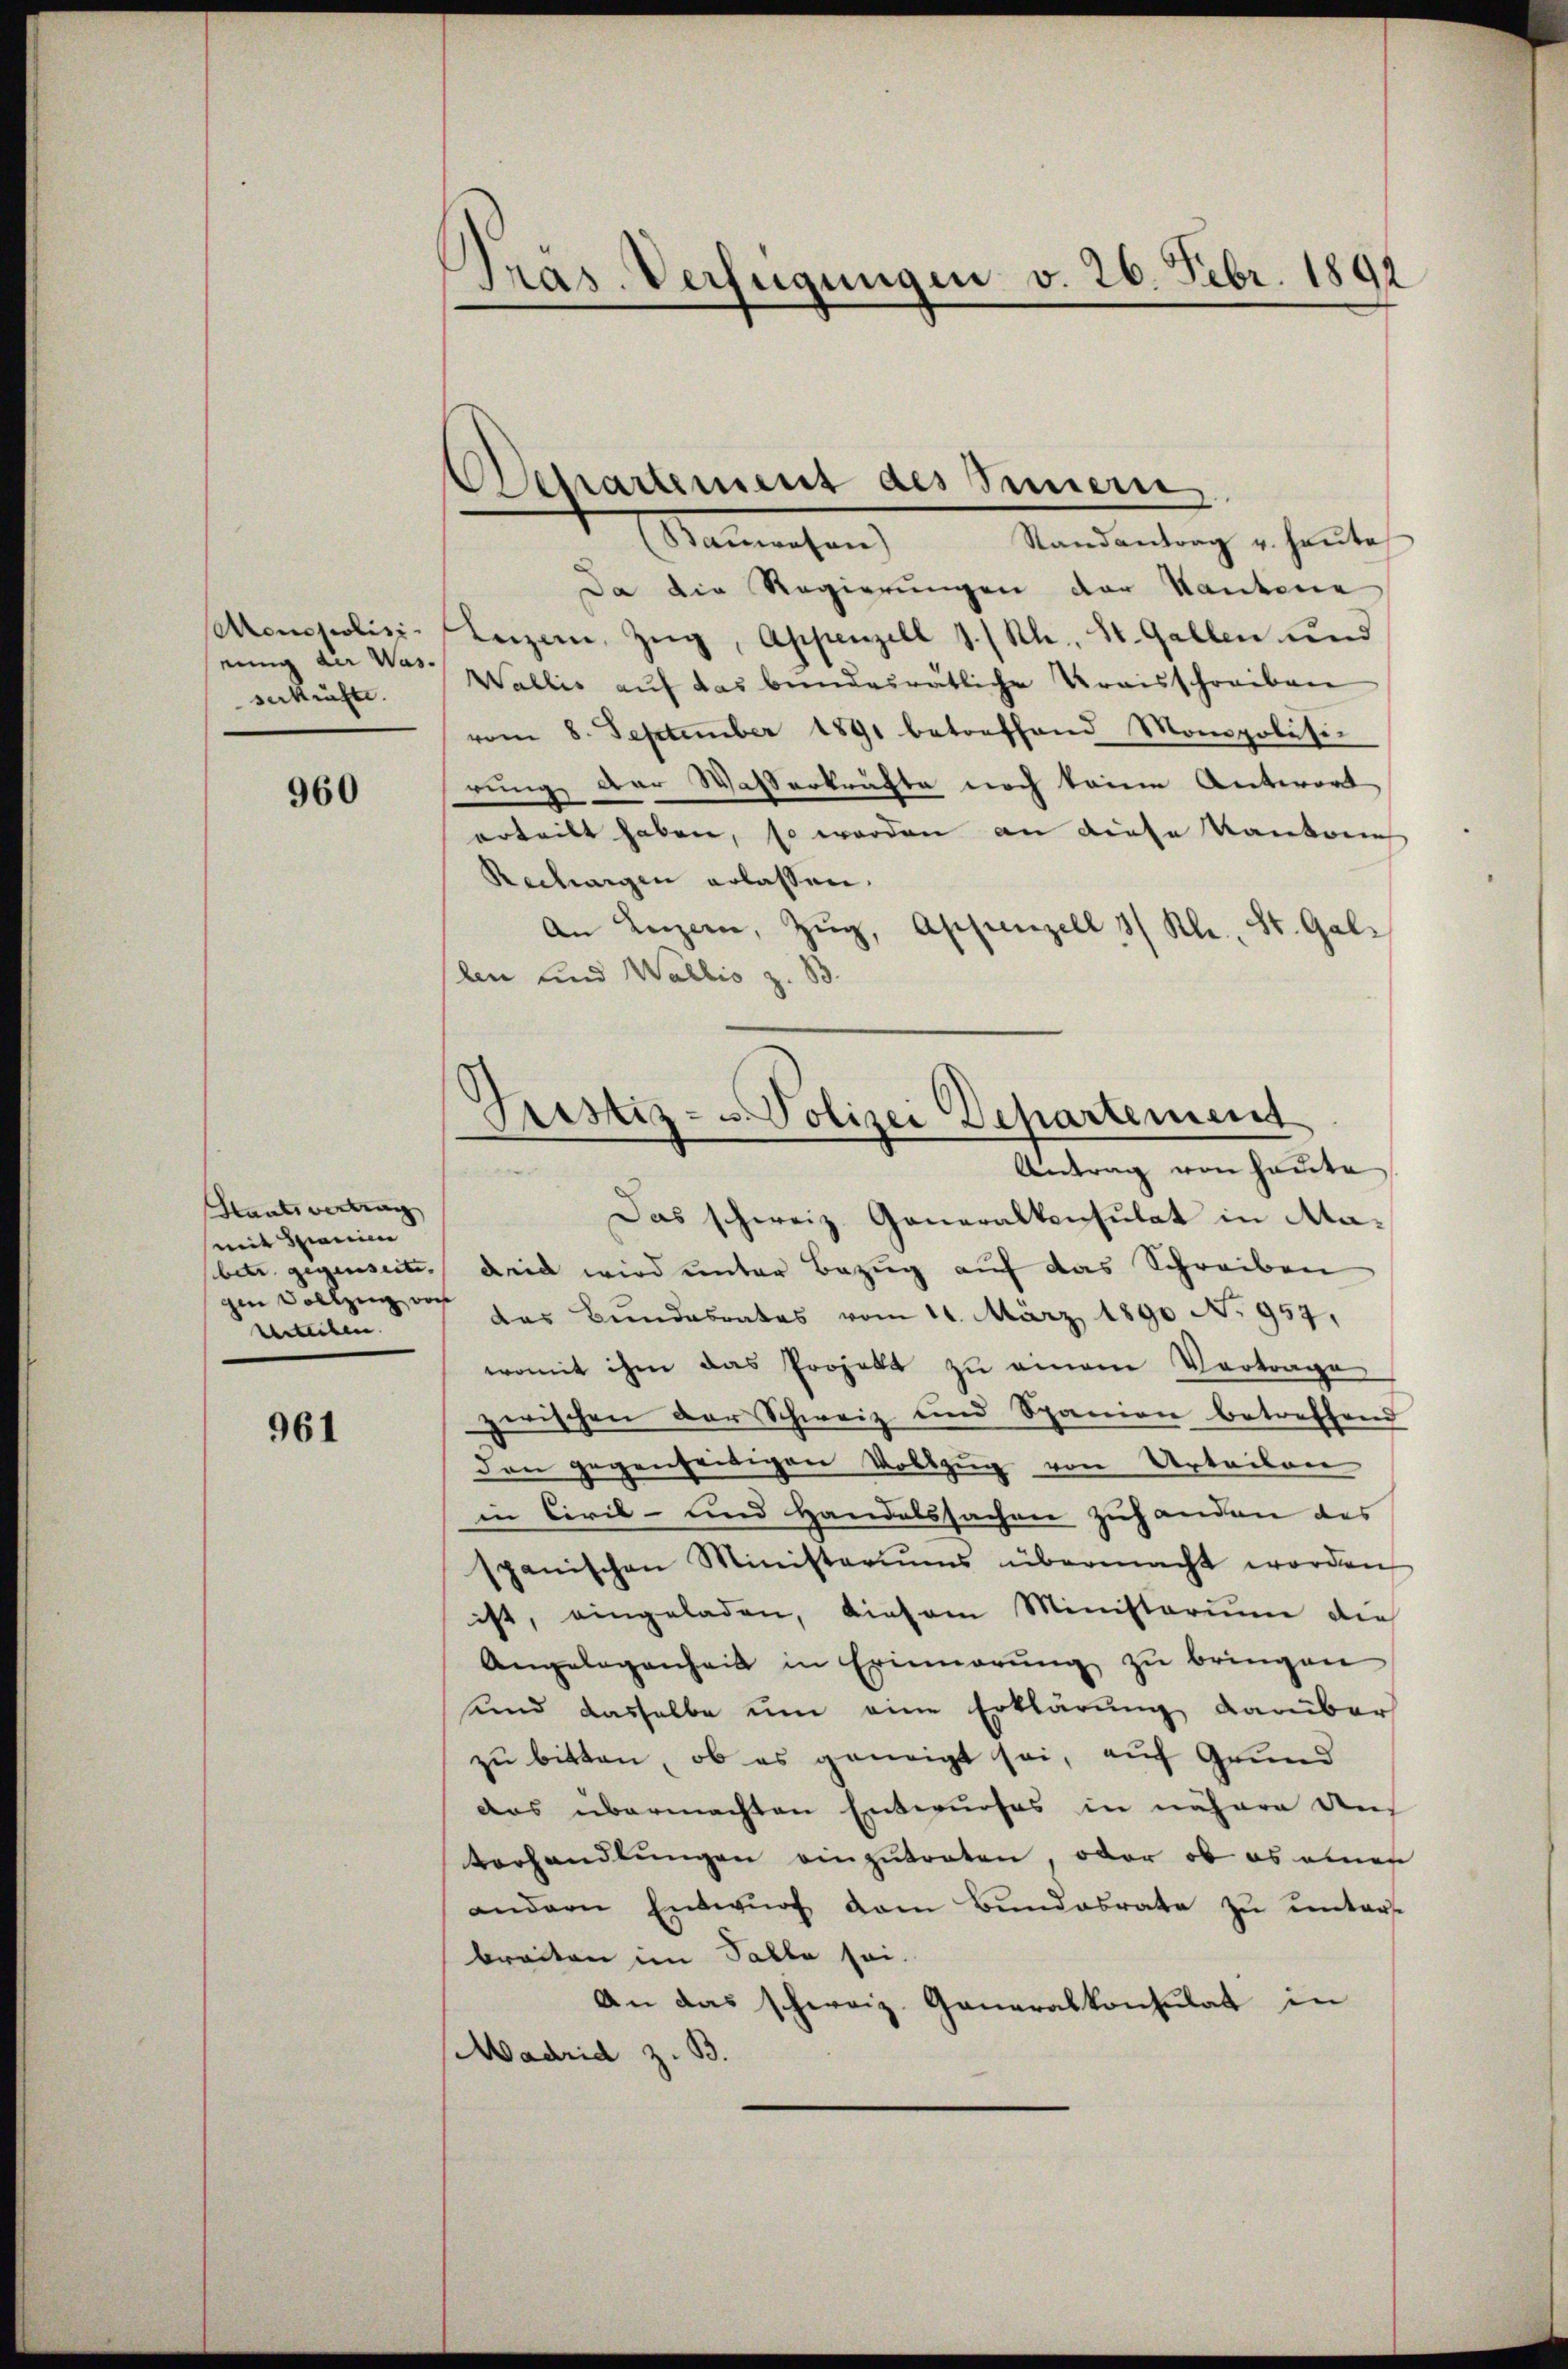
einig der Was-
serkräfte.

960

Staatsvertrag
mit seien
gen Vollzung vor
verleiben.

961

Pras. Verfügungen v. 26. Febr. 1891

Manchen
Randantrag v. Heute
Da die Regierungen der Kantone
Monopolisi-Heizern, Zŭg, Appenzell I/Rh., St. Gallen und
Wallis aŭf das bundesrätliche Kraisschreiben
vom 8. September 1891 betreffend Monopoläsi-
rung der Wasserkräfte noch keine Antwort
erteilt haben, so werden an diese Kantone
Rechargen erlassen.
An Luzern, Zŭg, Appenzell 3/ Kl. St. Gal-
len und Wallis z. B.
Das schweiz. Generalkonsulat in Mabet gegensecte, die wird unter Bezug auf das Schreiben
das Bundesrates vom 11. März 1890 No 954.
womit ihm das Projekt zu einem Vortrage
zerischen der Schweiz und Spanien betreffend
den gegenseitigen Vollzug von Urteilen
in Civil- und Handelssachen zuhanden das
spanischen Ministeriŭms übermacht worden
ist, eingeladen, diesem Ministerium die
Angelegenheit in Erinnerung zu bringen
und dasselbe um eine Erklärung darüber
zu bitten, ob es geneigt sei, auf Grund
das übermachten Entwurfes in nähere Aus
terhandlungen einzutreten, oder ob es eines
andern Entwŭrf vom Bundesrate zu unters
breiten im Palla sei.
An das schweiz. Generalkonsulat in
Madrid z. B.

Departement des Innern,

Justiz- u. Polizei Departement
Antrag von heute